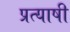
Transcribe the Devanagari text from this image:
प्रत्याषी